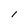
Character: I